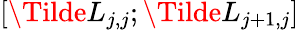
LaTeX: [\Tilde{L}_{j,j};\Tilde{L}_{j+1,j}]